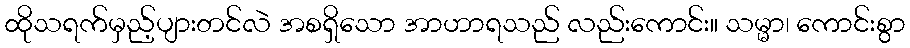
ထိုသရက်မှည့်ပျားတင်လဲ အစရှိသော အာဟာရသည် လည်းကောင်း။ သမ္မာ၊ ကောင်းစွာ